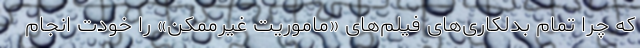
که چرا تمام بدلکاری‌های فیلم‌های «ماموریت غیرممکن» را خودت انجام